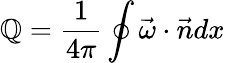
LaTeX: \mathbb{Q}=\frac{{1}}{{4\pi}}\oint\vec{{\omega}}\cdot\vec{{n}}dx